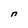
Character: n